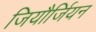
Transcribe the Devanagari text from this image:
जियौर्जियन